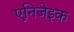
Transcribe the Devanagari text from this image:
एनिजेइक